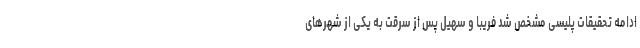
ادامه تحقیقات پلیسی مشخص شد فریبا و سهیل پس از سرقت به یکی از شهرهای